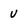
Character: v